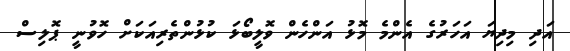
އަދި މިދިޔަ އަހަރުގެ އެންމެ މޮޅު އަންހެން ވޮލީބޯޅަ ކުޅުންތެރިއަކަށް ހޮވުނީ ޕޮލިސް